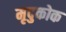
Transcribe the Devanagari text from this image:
मृदुकोक